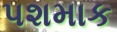
પશમાક